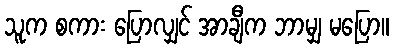
သူက စကား ပြောလျှင် အာချီက ဘာမျှ မပြော။